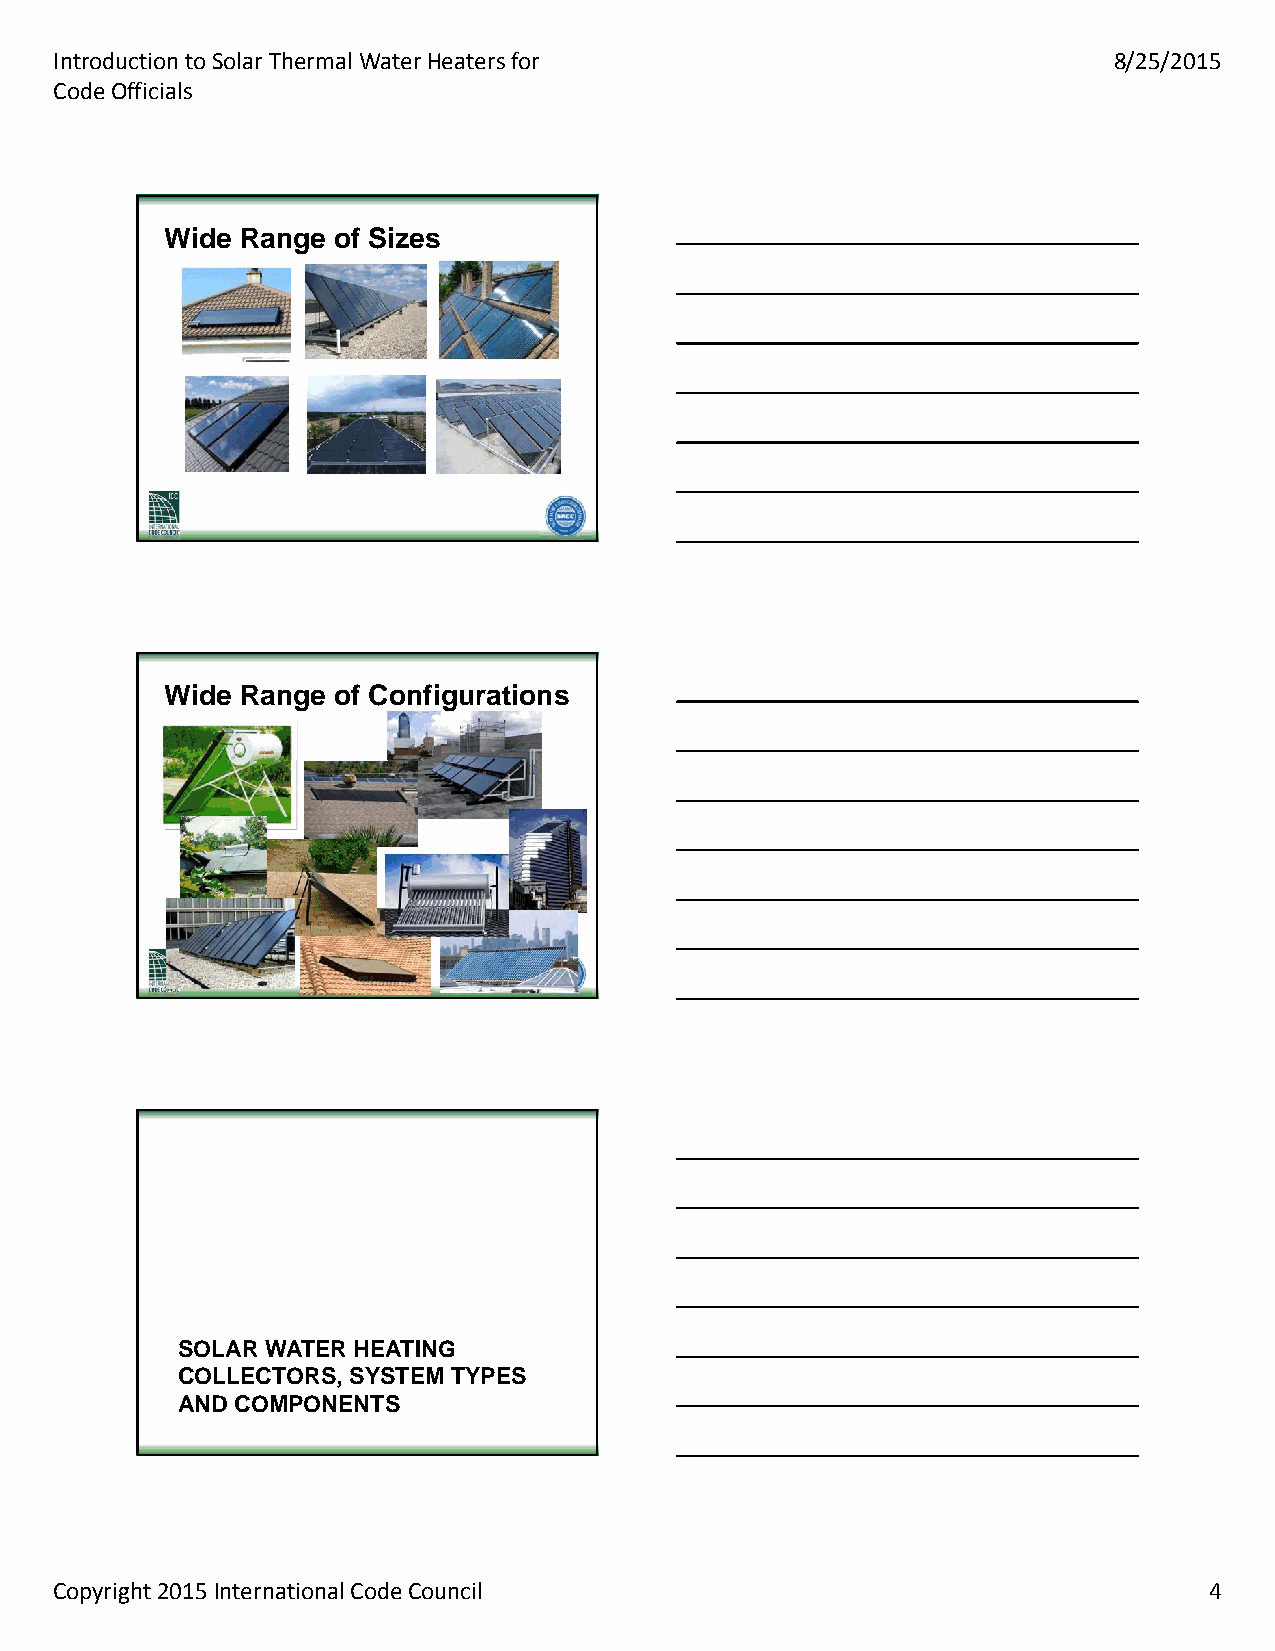
Introduction to Solar Thermal Water Heaters for                       8/25/2015
 Code Officials
 WWiiddee RRaannggee ooff SSiizzeess
 WWiiddee RRaannggee ooff CCoonnffiigguurraattiioonnss
 SSOOLLAARR WWAATTEERR HHEEAATTIINNGG
 CCOOLLLLEECCTTOORRSS,, SSYYSSTTEEMM TTYYPPEESS
 AANNDD CCOOMMPPOONNEENNTTSS
 Copyright 2015 International Code Council                                   4